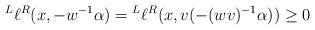
LaTeX: \begin{align*}\prescript L{}{}\ell{}^R(x,-w^{-1}\alpha) = \prescript L{}{}\ell{}^R(x,v( -(wv)^{-1}\alpha))\geq 0\end{align*}